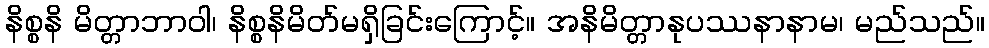
နိစ္စနိ မိတ္တာဘာဝါ၊ နိစ္စနိမိတ်မရှိခြင်းကြောင့်။ အနိမိတ္တာနုပဿနာနာမ၊ မည်သည်။